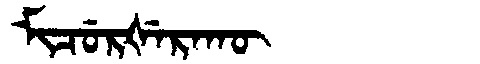
Manchu: ᠮᡳᠴᡠᡵᡧᡝᡵᠠᡴᡡ
Romanization: MICURŠERAKŪ